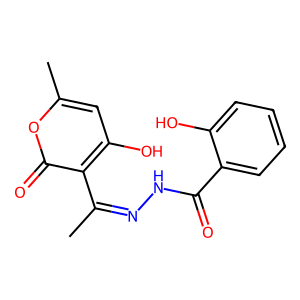
SMILES: CC(=NNC(=O)c1ccccc1O)c1c(O)cc(C)oc1=O
Inhibits HIV replication: No